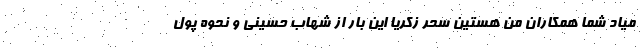
میاد شما همکاران من هستین سحر زکریا این بار از شهاب حسینی و نحوه پول